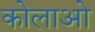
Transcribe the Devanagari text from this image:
कोलाओ